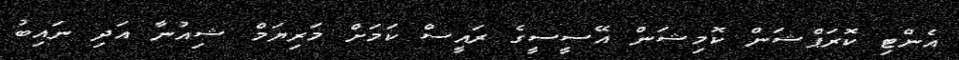
އެންޓި ކޮރަޕްޝަން ކޮމިޝަން އޭސީސީގެ ރައީސް ކަމަށް މަރިޔަމް ޝިއުނާ އަދި ނައިބު